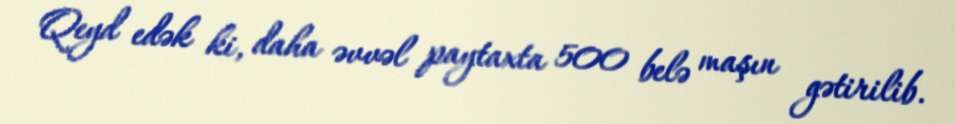
Qeyd edək ki, daha əvvəl paytaxta 500 belə maşın gətirilib.